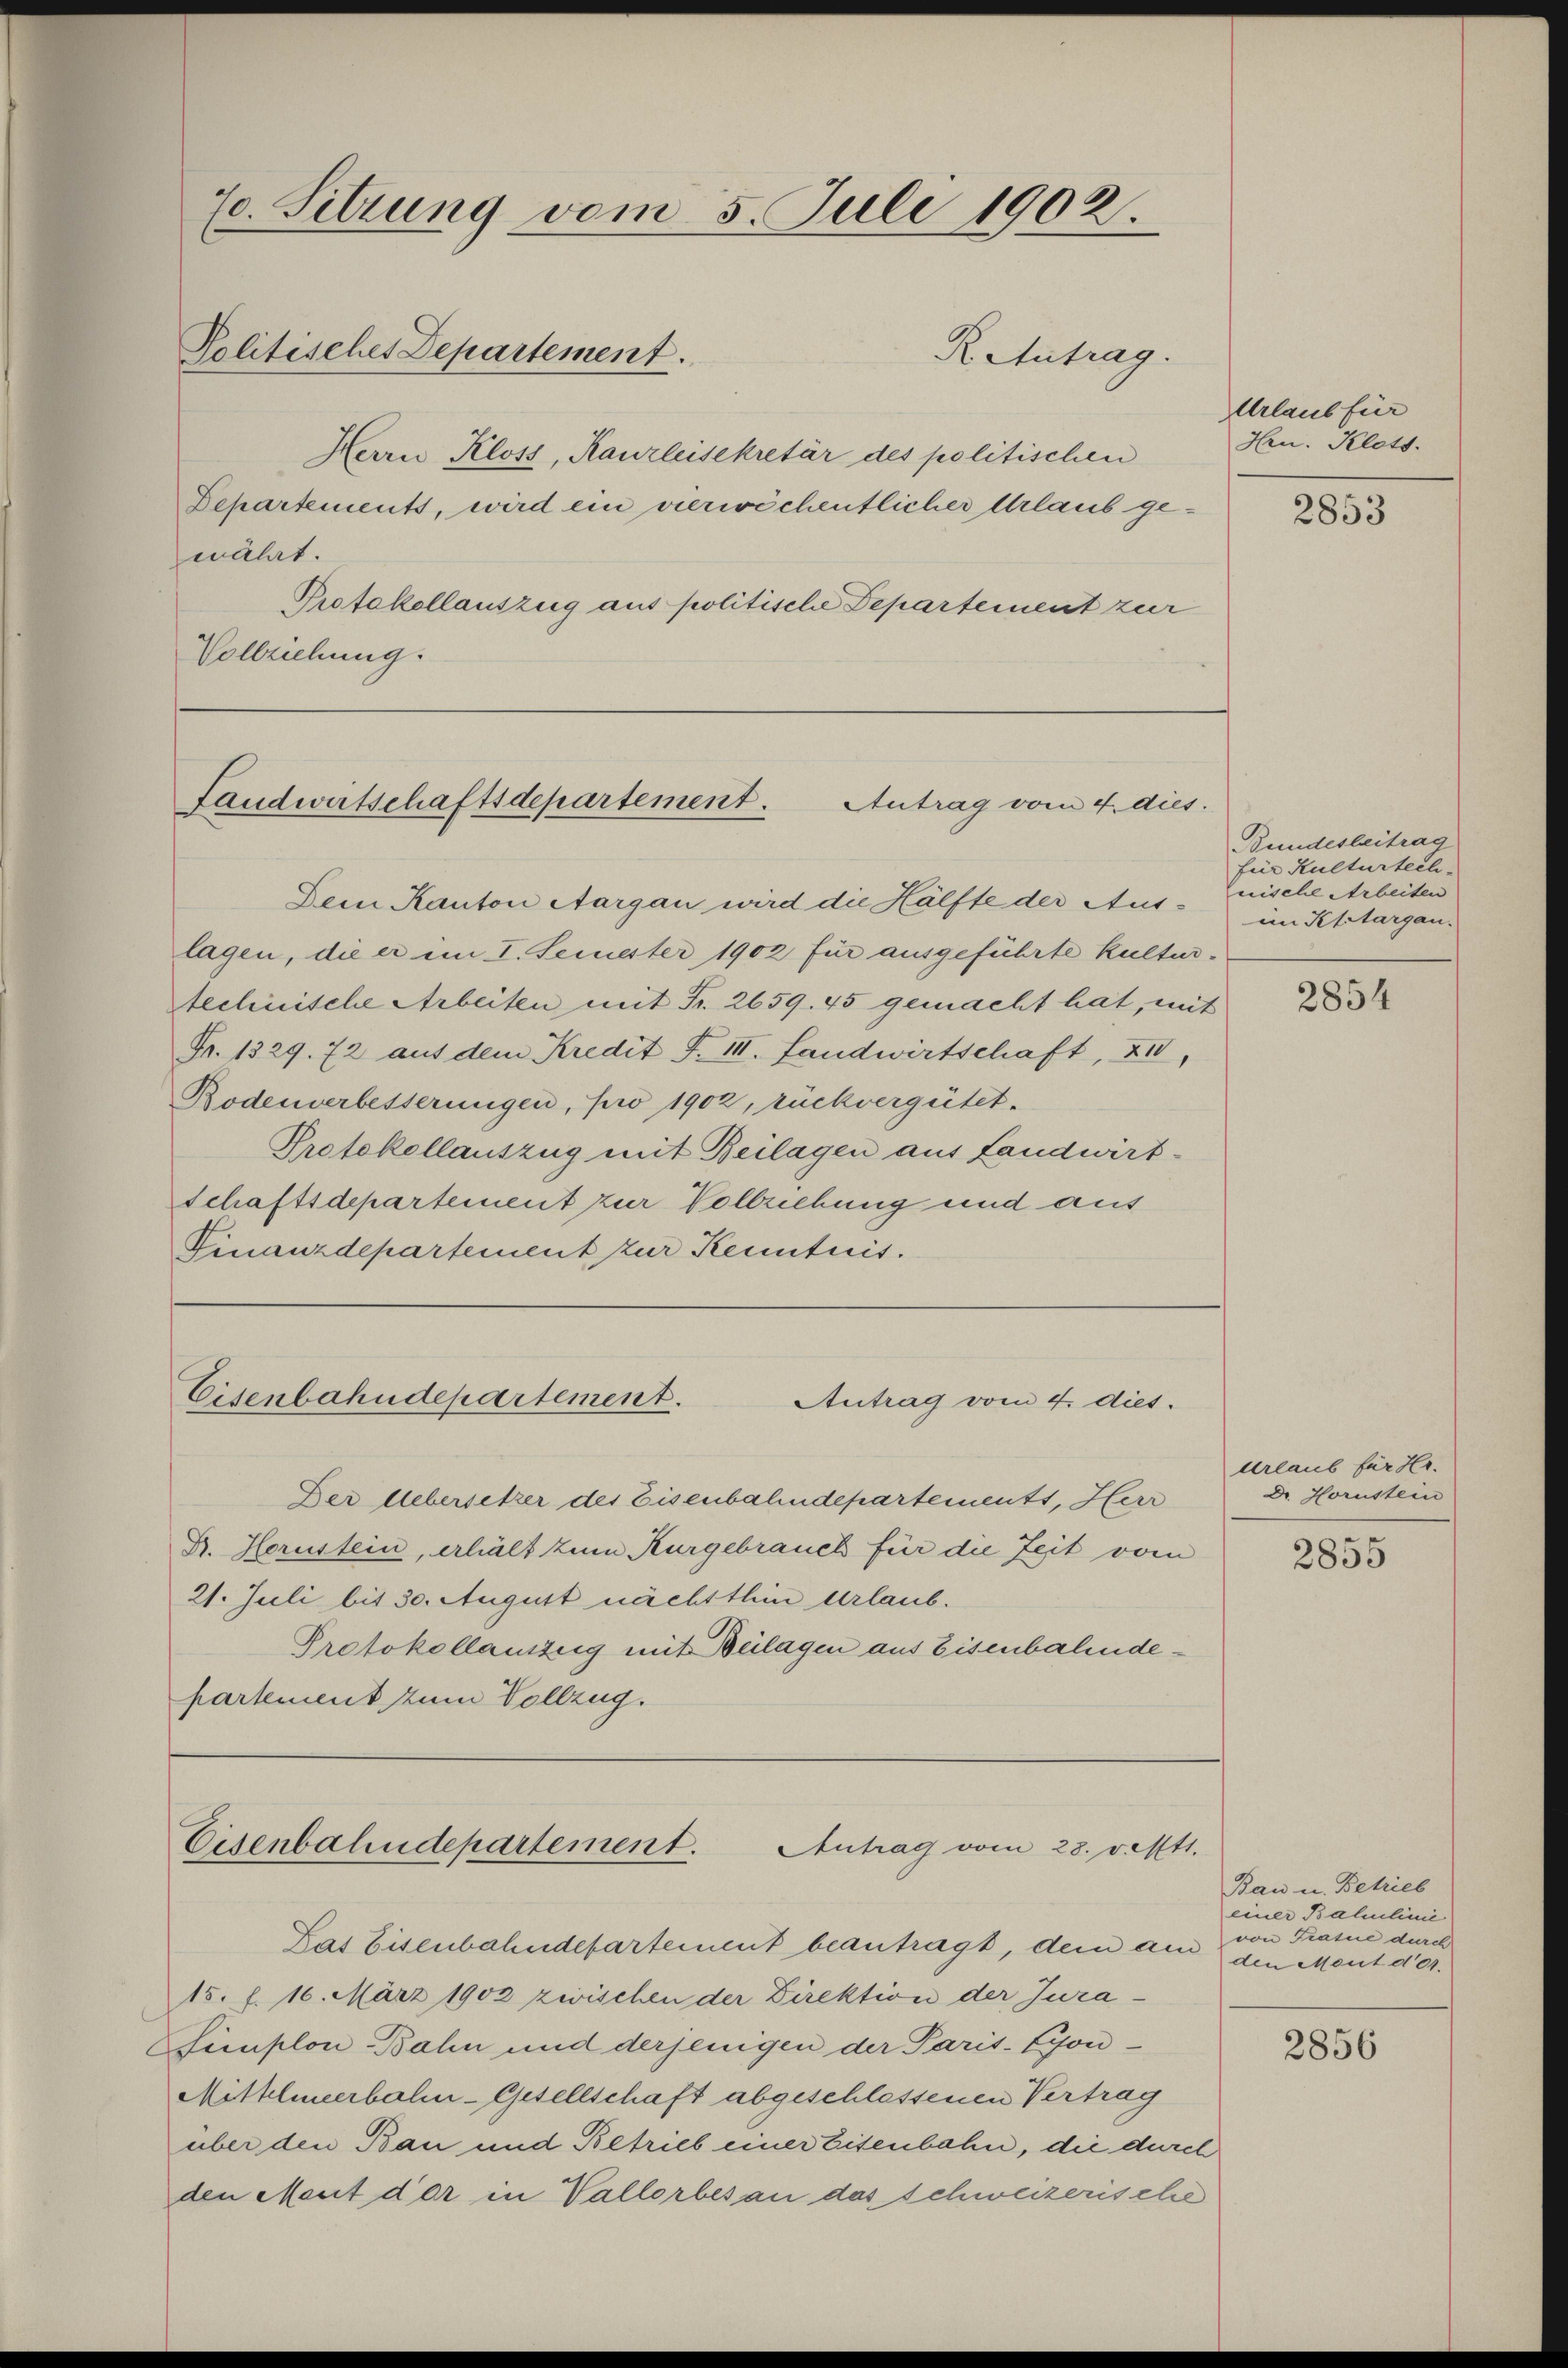
70. Sitzung vom 5. Juli 1902
Politisches Departement.
Herrn Kloss, Kaurleisekretär des politischen
Departements, wird ein vierwöchentlicher Urlaub gewährt.
Protokollauszug aus politische Departement zur

Vollziehung.

R. Antrag.

Landwirtschaftsdepartement. Antrag vom 4. dies.

Eisenbahndepartement.
Antrag vom 4. dies.

Cisenbahndepartement.
Antrag vom 28. Ocht1.

Urlaub für
Hrn. Klats.

Dem Kanton Aargau wird die Hälfte der Aus-
lagen, die er im I. Semester 1902 für ausgeführte Kulturtechnische Arbeiten mit Fr. 2659. 45 gemacht hat, mit
Fr. 1329. 72 auf dem Kredit F. III. Landwirtschaft, 20,
Bodenerbesserungen, pro 1902, rückvergütet.
Protokollauszug mit Beilagen aus Landwirt-
schaftsdepartement zur Vollziehung und aus
Finanzdepartement zur Kenntnis.

Der Uebersetzer des Eisenbahndepartements, Herr
Br. Hornstein, erhält zum Kurgebrauch für die Zeit vom
21. Juli bis 30. August nächsthin Urlaub.
Protokollauszug mit Beilagen aus Eisenbahndekartement zum Vollzug.

Las Eisenbahndepartement beantragt, dem am den Ment d’or.
15. f. 16. März 1902 zwischen der Direktion der Jura.
Simplon-Bahn und derjenigen der Paris-Eyon-
Mittherbali-Gesellschaft abgeschlossenen Vertrag
über den Bau und Betrieb einer Eisenbahn, die durch
den Maut der in Vallorbes an das schweizerische

2853

Bundesbeitrag
für Kulturtech-
nische Arbeiten
im Pettargau.

2854

Urlaub für Hr.
Dr. Hornstein

2855

Bau u. Betrieb
einer Ballinie
von Trasie durch

2856